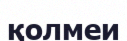
қолмеи